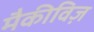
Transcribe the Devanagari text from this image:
मैकीविज़